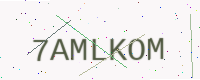
Text: 7AMLKOM